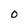
Character: o